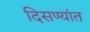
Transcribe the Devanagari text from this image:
दिसण्यांत